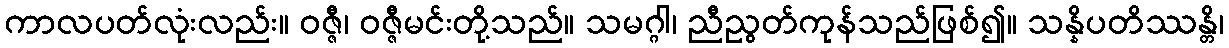
ကာလပတ်လုံးလည်း။ ဝဇ္ဇီ၊ ဝဇ္ဇီမင်းတို့သည်။ သမဂ္ဂါ၊ ညီညွတ်ကုန်သည်ဖြစ်၍။ သန္နိပတိဿန္တိ၊